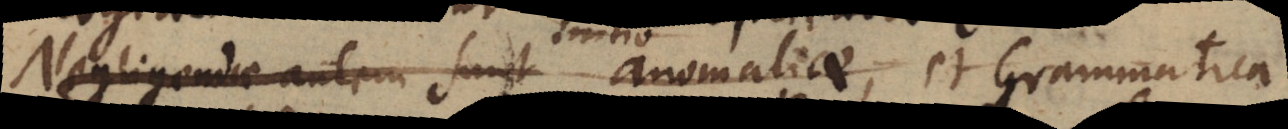
Negligandae autem sunt initio anomaliae, et Grammatica